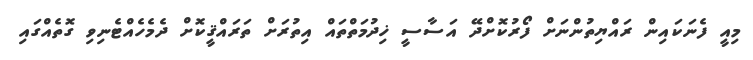
މިއީ ފެނަކައިން ރައްޔިތުންނަށް ފޯރުކޮށްދޭ އަސާސީ ޚިދުމަތްތައް އިތުރަށް ތަރައްޤީކޮށް ދެމެހެއްޓެނިވި ގޮތެއްގައި